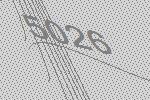
5026